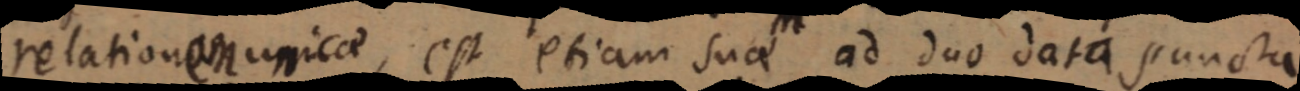
relationam unicae, est etiam sua ad duo data puncta